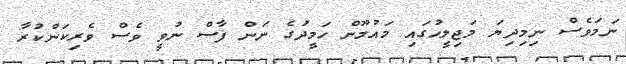
ނަމަވެސް ނިމިދިޔަ މަޖިލީހުގައި މައުމޫން ހަމީދުގެ ނަން ފާސް ނުވީ ވެސް ވެރިކަންކުރާ